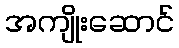
အကျိုးဆောင်